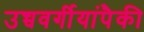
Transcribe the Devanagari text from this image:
उच्चवर्गीयांपैकी